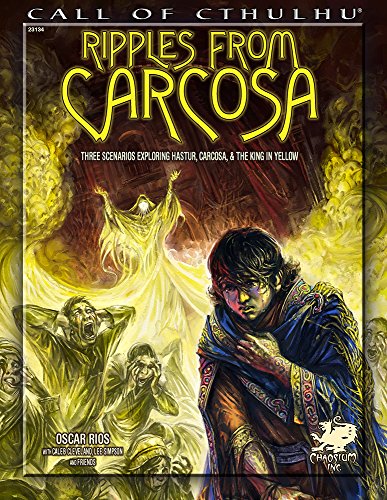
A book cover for Ripples from Carcosa: Three Scenarios Exploring Hastur, Carcosa, & The King in Yellow (Call of Cthulhu roleplaying, #23134); Oscar Rios; Science Fiction & Fantasy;